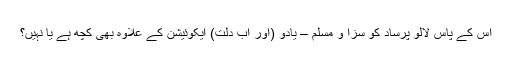
اس کے پاس لالو پرساد کو سزا و مسلم – یادو (اور اب دلت) ایکوئیشن کے علاوہ بھی کچھ ہے یا نہیں؟